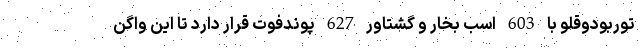
توربودوقلو با 603 اسب بخار و گشتاور 627 پوندفوت قرار دارد تا این واگن